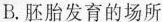
B.胚胎发育的场所